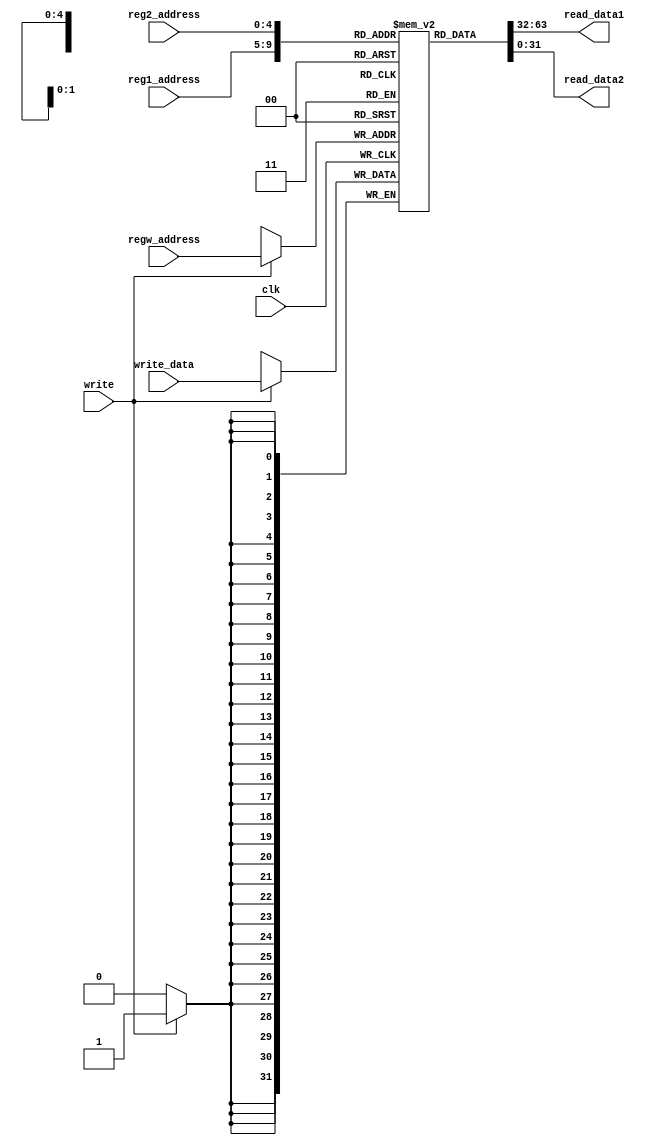
`timescale 1ns / 1ps
module register_file(
    input clk,
    input [4:0] reg1_address,
    input [4:0] reg2_address,
    input [4:0] regw_address, 
    input [31:0] write_data,
    output [31:0] read_data1,
    output [31:0] read_data2,
    input write);

reg [31:0] registers[31:0];

// Initialize registers to 0
integer i;
initial 
   for (i = 0; i < 32; i = i + 1)
   begin
       registers[i] = 32'b0;
   end

assign read_data1 = registers[reg1_address]; 
assign read_data2 = registers[reg2_address]; 

always@(negedge clk)
begin
    if(write)
    begin
        registers[regw_address] <= write_data;
    end
end	

endmodule